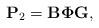
LaTeX: \begin{align*}\mathbf{P}_2=\mathbf{B}\mathbf{\Phi}\mathbf{G},\end{align*}